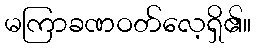
မကြာခဏဝတ်လေ့ရှိ၏။